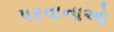
પરવાનાઓ